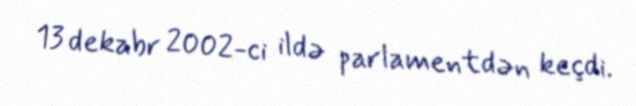
13 dekabr 2002-ci ildə parlamentdən keçdi.